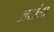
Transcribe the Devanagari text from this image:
अटांडा